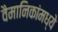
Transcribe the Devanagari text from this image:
वैमानिकांमध्ये